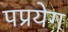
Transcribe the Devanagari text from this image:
पप्रयेग